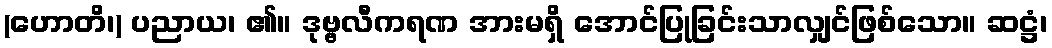
(ဟောတိ၊) ပညာယ၊ ၏။ ဒုဗ္ဗလီကရဏ အားမရှိ အောင်ပြုခြင်းသာလျှင်ဖြစ်သော။ ဆဋ္ဌံ၊